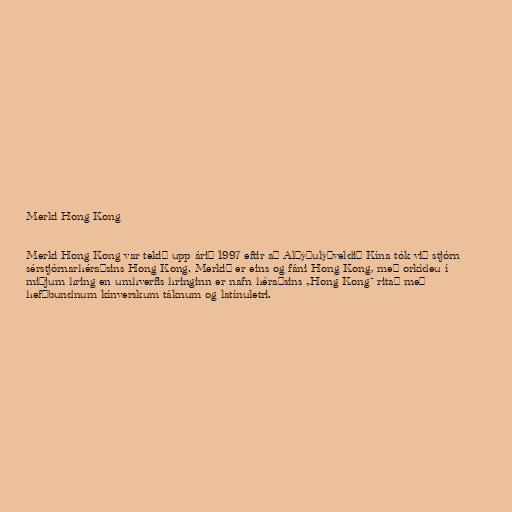
Merki Hong Kong

Merki Hong Kong var tekið upp árið 1997 eftir að Alþýðulýðveldið Kína tók við stjórn
sérstjórnarhéraðsins Hong Kong. Merkið er eins og fáni Hong Kong, með orkídeu í
miðjum hring en umhverfis hringinn er nafn héraðsins „Hong Kong“ ritað með
hefðbundnum kínverskum táknum og latínuletri.